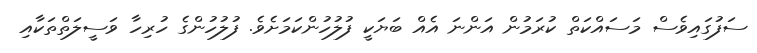
ސަފުގައިވެސް މަސައްކަތް ކުރަމުން އަންނަ އެއް ބަޔަކީ ފުލުހުންކަމަށެވެ. ފުލުހުންގެ ހުރިހާ ވަސީލަތްތަކާއި